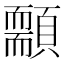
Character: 䫱